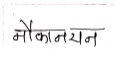
मजकूर: नौकानयन